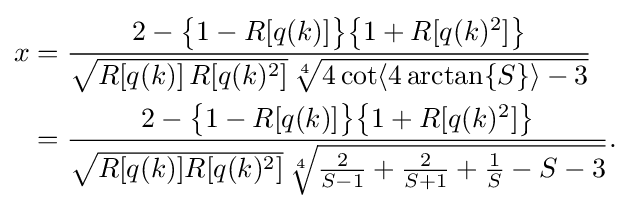
{\begin{aligned}x&={\frac {2-{\bigl \{}1-R[q(k)]{\bigr \}}{\bigl \{}1+R[q(k)^{2}]{\bigr \}}}{{\sqrt {R[q(k)]\,R[q(k)^{2}]}}\,{\sqrt[{4}]{4\cot \langle 4\arctan\{S\}\rangle -3}}}}\\&={\frac {2-{\bigl \{}1-R[q(k)]{\bigr \}}{\bigl \{}1+R[q(k)^{2}]{\bigr \}}}{{\sqrt {R[q(k)]R[q(k)^{2}]}}\,{\sqrt[{4}]{{\frac {2}{S-1}}+{\frac {2}{S+1}}+{\frac {1}{S}}-S-3}}}}.\end{aligned}}